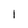
Character: 1